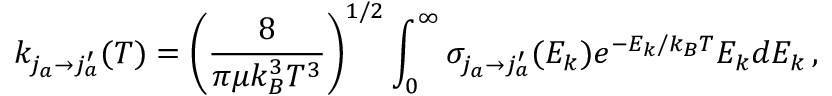
k _ { j _ { a } \rightarrow j _ { a } ^ { \prime } } ( T ) = \bigg ( \frac { 8 } { \pi \mu k _ { B } ^ { 3 } T ^ { 3 } } \bigg ) ^ { 1 / 2 } \int _ { 0 } ^ { \infty } \sigma _ { j _ { a } \rightarrow j _ { a } ^ { \prime } } ( E _ { k } ) e ^ { - E _ { k } / k _ { B } T } E _ { k } d E _ { k } \, ,